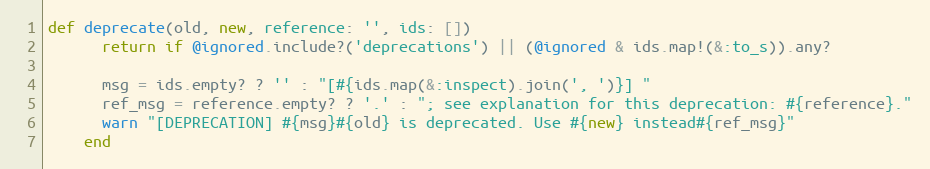
Language: Ruby
def deprecate(old, new, reference: '', ids: [])
      return if @ignored.include?('deprecations') || (@ignored & ids.map!(&:to_s)).any?

      msg = ids.empty? ? '' : "[#{ids.map(&:inspect).join(', ')}] "
      ref_msg = reference.empty? ? '.' : "; see explanation for this deprecation: #{reference}."
      warn "[DEPRECATION] #{msg}#{old} is deprecated. Use #{new} instead#{ref_msg}"
    end